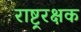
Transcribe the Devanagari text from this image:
राष्ट्ररक्षक